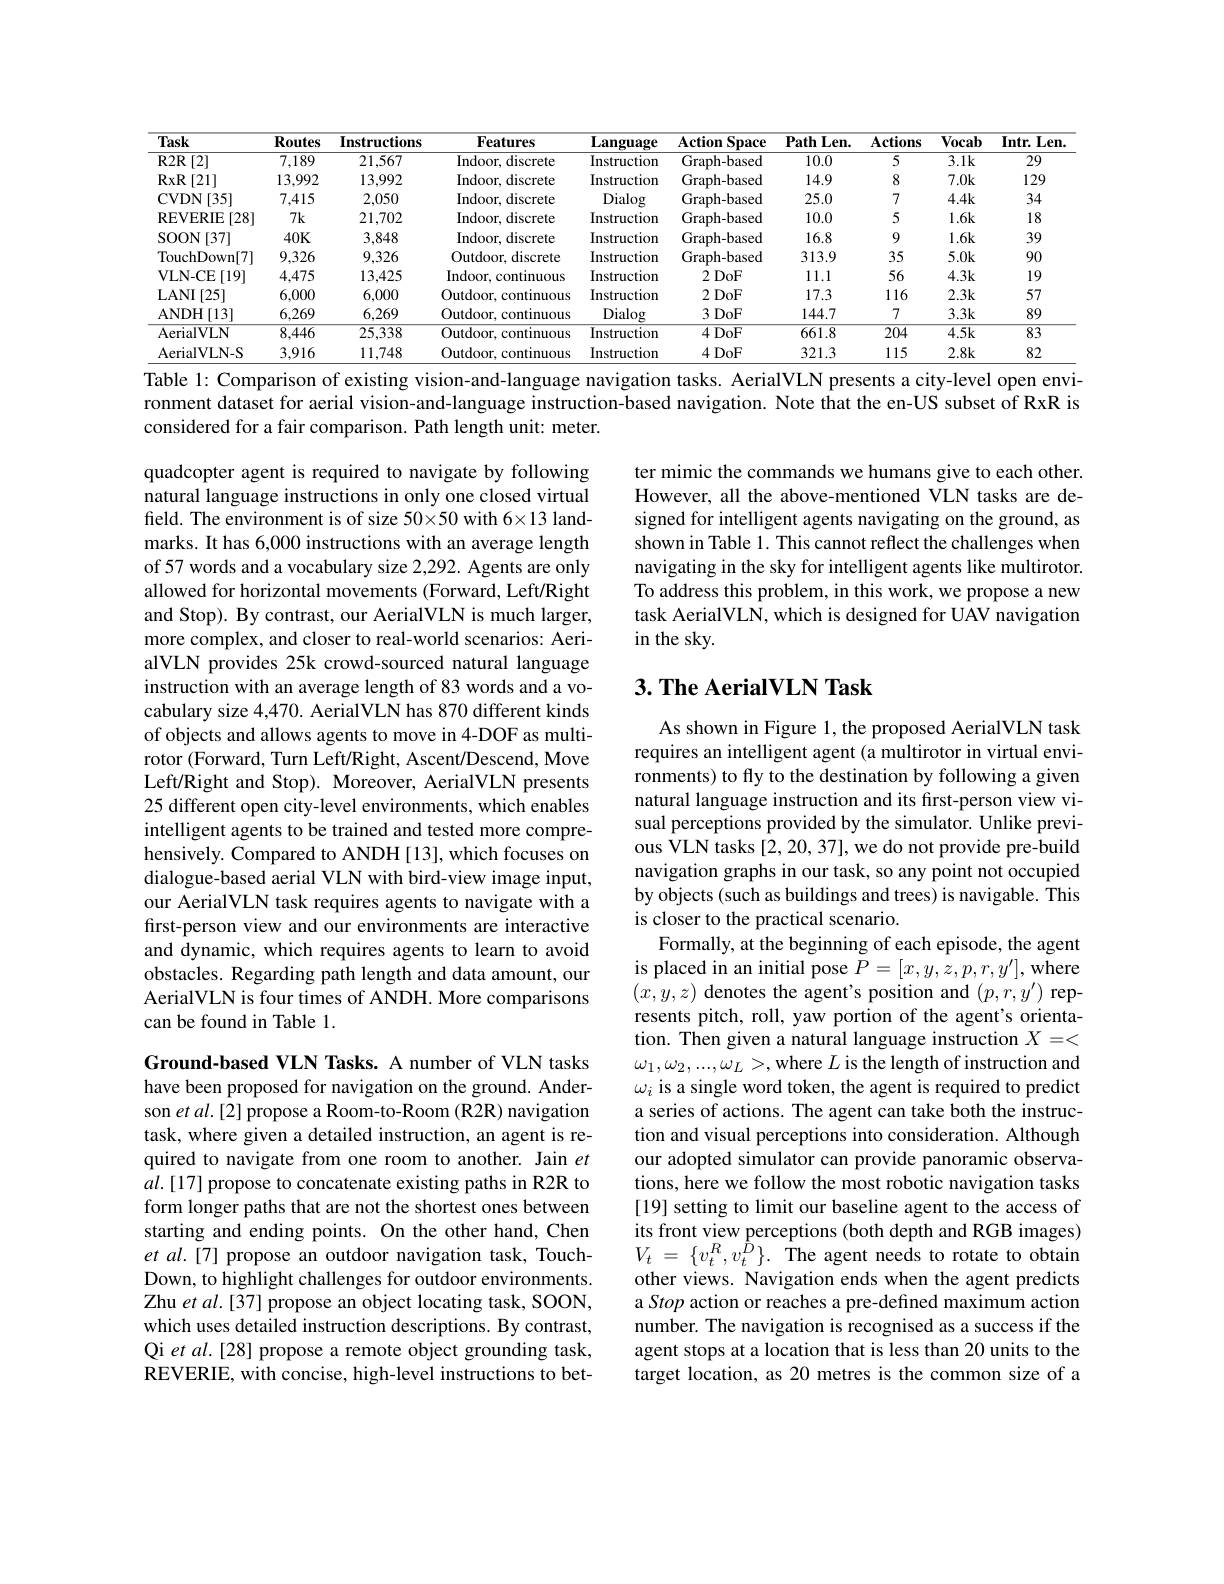
<table>
	<tbody>
		<tr>
			<th>Task</th>
			<th>$\mathbf{R}_{0}$utes</th>
			<th>Instructions</th>
			<th>Features</th>
			<th>${\mathbf{Language}}$</th>
			<th>$\mathbf{Action}$ $\mathbf{Space}$</th>
			<th>$\mathbf{PathLen}.$</th>
			<th>$\mathbf{Actions}$</th>
			<th>Vocab</th>
			<th>$\mathbf{Intr.Len}$</th>
		</tr>
		<tr>
			<td>$R2R$ [2]</td>
			<td>7,189</td>
			<td>21,567</td>
			<td>Indoor, discrete</td>
			<td>Instruction</td>
			<td>Graph-based</td>
			<td>10.0</td>
			<td>5</td>
			<td>$3.1k$</td>
			<td>29</td>
		</tr>
		<tr>
			<td>RxR [21]</td>
			<td>13,992</td>
			<td>13,992</td>
			<td>Indoor, discrete</td>
			<td>Instruction</td>
			<td>Graph-based</td>
			<td>14.9</td>
			<td>8</td>
			<td>$7.0k$</td>
			<td>129</td>
		</tr>
		<tr>
			<td>$I[35]$ CVDN 1</td>
			<td>7,415</td>
			<td>2,050</td>
			<td>Indoor, discrete</td>
			<td>Dialog</td>
			<td>Graph-based</td>
			<td>25.0</td>
			<td>7</td>
			<td>$4.4k$</td>
			<td>34</td>
		</tr>
		<tr>
			<td>REVERIE [28] </td>
			<td>$7k$</td>
			<td>21,702</td>
			<td>Indoor, discrete</td>
			<td>Instruction</td>
			<td>Graph-based</td>
			<td>10.0</td>
			<td>5</td>
			<td>$1.6k$</td>
			<td>18</td>
		</tr>
		<tr>
			<td>SOON [37]</td>
			<td>$40K$</td>
			<td>3,848</td>
			<td>Indoor, discrete</td>
			<td>Instruction</td>
			<td>Graph-based</td>
			<td>16.8</td>
			<td>9</td>
			<td>$1.6k$</td>
			<td>39</td>
		</tr>
		<tr>
			<td>TouchDown[7]</td>
			<td>9,326</td>
			<td>9,326</td>
			<td>Outdoor, discrete</td>
			<td>Instruction</td>
			<td>Graph-based</td>
			<td>313.9</td>
			<td>35</td>
			<td>$5.0k$</td>
			<td>90</td>
		</tr>
		<tr>
			<td>VLN- CE [19]</td>
			<td>4,475</td>
			<td>13,425</td>
			<td>Indoor, continuous</td>
			<td>Instruction</td>
			<td>2DoF</td>
			<td>11.1</td>
			<td>56</td>
			<td>$4.3k$</td>
			<td>19</td>
		</tr>
		<tr>
			<td>LANI [25]</td>
			<td>6,000</td>
			<td>6,000</td>
			<td>Outdoor, continuous</td>
			<td>Instruction</td>
			<td>2DoF</td>
			<td>17.3</td>
			<td>116</td>
			<td>$2.3k$</td>
			<td>57</td>
		</tr>
		<tr>
			<td>ANDH [13] 11</td>
			<td>6,269</td>
			<td>6,269</td>
			<td>Outdoor, continuous</td>
			<td>Dialog</td>
			<td>3DoF</td>
			<td>144.7</td>
			<td>7</td>
			<td>3.3k</td>
			<td>89</td>
		</tr>
		<tr>
			<td>AerialVLN</td>
			<td>8,446</td>
			<td>25,338</td>
			<td>Outdoor, continuous</td>
			<td>Instruction</td>
			<td>4DoF</td>
			<td>661.8</td>
			<td>204</td>
			<td>$4.5k$</td>
			<td>83</td>
		</tr>
		<tr>
			<td>AerialVLN-S</td>
			<td>3,916</td>
			<td>11,748</td>
			<td>Outdoor, continuous</td>
			<td>Instruction</td>
			<td>4DoF</td>
			<td>321.3</td>
			<td>115</td>
			<td>2.8k</td>
			<td>82</td>
		</tr>
	</tbody>
</table>
Table 1: Comparison of existing vision-and-language navigation tasks. AerialVLN presents a city-level open envi-

ronment dataset for aerial vision-and-language instruction-based navigation. Note that the en-US subset of RxR is
considered for a fair comparison. Path length unit: meter.

ter mimic the commands we humans give to each other. However, all the above-mentioned VLN tasks are designed for intelligent agents navigating on the ground, as shown in Table 1. This cannot reflect the challenges when navigating in the sky for intelligent agents like multirotor. To address this problem, in this work, we propose a new task AerialVLN, which is designed for UAV navigation in the sky.

### $3. \textbf{ The AerialVLN Task}$

quadcopter agent is required to navigate by following natural language instructions in only one closed virtual field. The environment is of size 50×50 with 6×13 landmarks. It has 6,000 instructions with an average length of 57 words and a vocabulary size 2,292. Agents are only allowed for horizontal movements (Forward, Left/Right and Stop). By contrast, our AerialVLN is much larger, more complex, and closer to real-world scenarios: AerialVLN provides 25k crowd-sourced natural language instruction with an average length of 83 words and a vocabulary size 4,470. AerialVLN has 870 different kinds of objects and allows agents to move in 4-DOF as multirotor (Forward, Turn Left/Right, Ascent/Descend, Move Left/Right and Stop). Moreover, AerialVLN presents 25 different open city-level environments, which enables intelligent agents to be trained and tested more comprehensively. Compared to ANDH [13], which focuses on dialogue-based aerial VLN with bird-view image input, our AerialVLN task requires agents to navigate with a first-person view and our environments are interactive and dynamic, which requires agents to learn to avoid obstacles. Regarding path length and data amount, our AerialVLN is four times of ANDH. More comparisons can be found in Table l.

As shown in Figure 1, the proposed AerialVLN task requires an intelligent agent (a multirotor in virtual environments) to fly to the destination by following a given natural language instruction and its first-person view visual perceptions provided by the simulator. Unlike previous $\hat{\text{VLN tasks[2,20,37],we do not provide pre-build}}$ navigation graphs in our task, so any point not occupied by objects (such as buildings and trees) is navigable. This is closer to the practical scenario.
Formally, at the beginning of each episode, the agent is placed in an initial pose $P=[x,y,z,p,r,y^{\prime}]$, where $(x,y,z)$ denotes the agent's position and $(p,r,y^{\prime})$ represents pitch, roll, yaw portion of the agent's orientation. Then given a natural language instruction $X=<$ $\omega_1,\omega_2,...,\omega_L>$,where $L$ is the length of instruction and $\omega_i$ is a single word token, the agent is required to predict a series of actions. The agent can take both the instruction and visual perceptions into consideration. Although our adopted simulator can provide panoramic observations, here we follow the most robotic navigation tasks [19] setting to limit our baseline agent to the access of its front view perceptions (both depth and RGB images) $V_{t}$ = $\{ v_{t}^{R}, v_{t}^{\hat{D} }\} .$ $\hat{\text{The agent needs to rotate to obtain}}$ other views. Navigation ends when the agent predicts a Stop action or reaches a pre-defined maximum action number. The navigation is recognised as a success if the agent stops at a location that is less than 20 units to the target location, as 20 metres is the common size of a

Ground-based VLN Tasks. A number of VLN tasks have been proposed for navigation on the ground. Anderson et al.[2] propose a Room-to-Room (R2R) navigation task, where given a detailed instruction, an agent is required to navigate from one room to another. Jain $et$ $al.[17]$ propose to concatenate existing paths in R2R to form longer paths that are not the shortest ones between starting and ending points. On the other hand, Chen et al.[7] propose an outdoor navigation task, TouchDown, to highlight challenges for outdoor environments. Zhu et al.[37] propose an object locating task, SOON, which uses detailed instruction descriptions. By contrast, Qi et al.[28] propose a remote object grounding task, REVERIE, with concise, high-level instructions to bet-